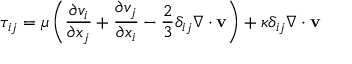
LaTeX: \tau _ { i j } = \mu \left( { \frac { \partial v _ { i } } { \partial x _ { j } } } + { \frac { \partial v _ { j } } { \partial x _ { i } } } - { \frac { 2 } { 3 } } \delta _ { i j } \nabla \cdot \mathbf { v } \right) + \kappa \delta _ { i j } \nabla \cdot \mathbf { v }